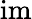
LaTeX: \mathrm{im}